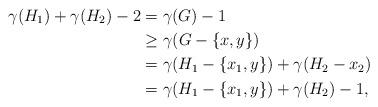
LaTeX: \begin{align*}\gamma (H_{1})+\gamma (H_{2})-2 &= \gamma (G)-1\\&\geq \gamma (G-\{x,y\})\\&= \gamma (H_{1}-\{x_{1},y\})+\gamma (H_{2}-x_{2})\\&= \gamma (H_{1}-\{x_{1},y\})+\gamma (H_{2})-1,\end{align*}